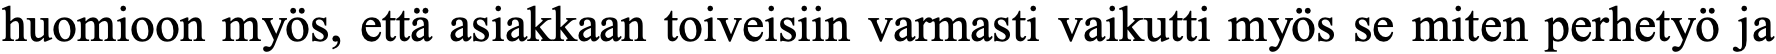
huomioon myös, että asiakkaan toiveisiin varmasti vaikutti myös se miten perhetyö ja